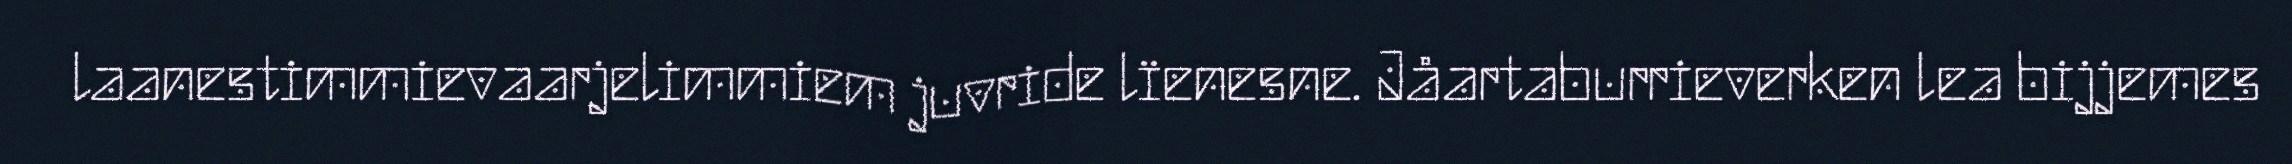
laanestimmievaarjelimmiem juvride lïenesne. Jåartaburrieverken lea bijjemes